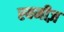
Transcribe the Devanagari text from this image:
स्यमीज़